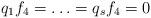
LaTeX: \begin{align*}q_1f_4=\ldots=q_sf_4=0\end{align*}